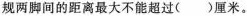
规两脚间的距离最大不能超过（）厘米。